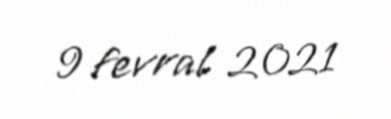
9 fevral 2021